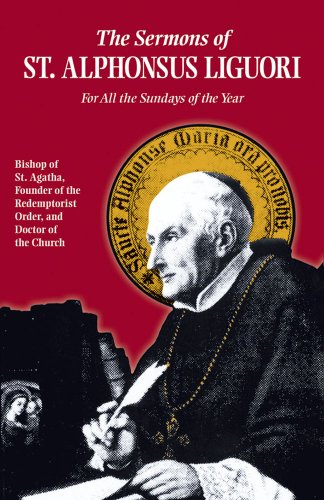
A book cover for The Sermons of St. Alphonsus Liguori for All the Sundays of the Year; Alphonsus de' Liguori; Christian Books & Bibles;